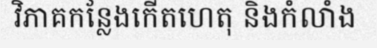
វិភាគកន្លែងកើតហេតុ និងកំលាំង